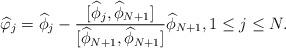
LaTeX: \begin{align*}\widehat{\varphi}_{j} = \widehat{\phi}_{j} - \frac{[\widehat{\phi}_{j},\widehat{\phi}_{N+1}] }{[\widehat{\phi}_{N+1},\widehat{\phi}_{N+1}]} \widehat{\phi}_{N+1}, 1\leq j \leq N.\end{align*}